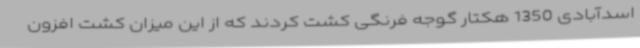
اسدآبادی 1350 هکتار گوجه فرنگی کشت کردند که از این میزان کشت افزون